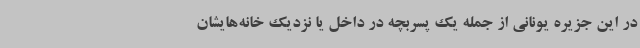
در این جزیره یونانی از جمله یک پسربچه در داخل یا نزدیک خانه‌هایشان